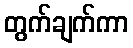
တွက်ချက်ကာ